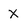
Character: X